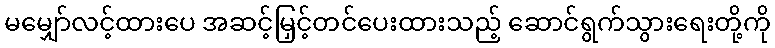
မမျှော်လင့်ထားပေ အဆင့်မြှင့်တင်ပေးထားသည့် ဆောင်ရွက်သွားရေးတို့ကို